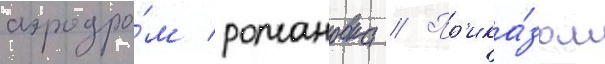
аэродро́м романовка // Пр'ика́зом